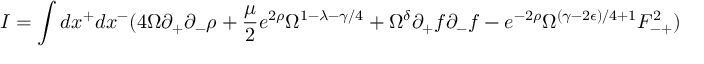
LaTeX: I = \int d x ^ { + } d x ^ { - } ( 4 \Omega \partial _ { + } \partial _ { - } \rho + \frac { \mu } { 2 } e ^ { 2 \rho } \Omega ^ { 1 - \lambda - \gamma / 4 } + \Omega ^ { \delta } \partial _ { + } f \partial _ { - } f - e ^ { - 2 \rho } \Omega ^ { ( \gamma - 2 \epsilon ) / 4 + 1 } F _ { - + } ^ { 2 } )